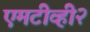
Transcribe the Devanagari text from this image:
एमटीव्ही२